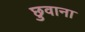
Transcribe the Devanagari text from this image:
छुवाना